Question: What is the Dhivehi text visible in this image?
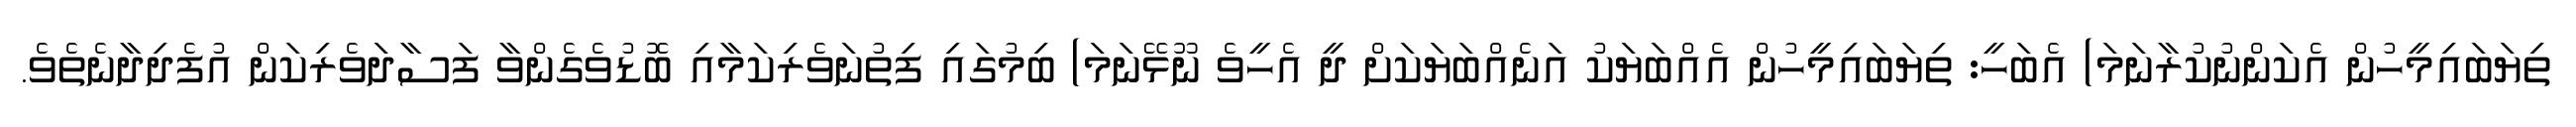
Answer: ތިޔަބައިމީހުން އެކަންނުކުރާނަމަ) އެބަހީ: ތިޔަބައިމީހުން އެއްބަޔަކު އަނެއްބަޔަކަށް ދީ އެހީވެ ނޫޅޭނަމަ) ބިމުގައި ފިތުނަވެރިކަމާއި ބޮޑުވެގެންވާ ފަސާދަވެރިކަން އުފެދިދާނެތެވެ.